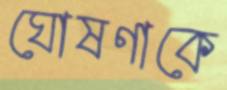
ঘোষণাকে